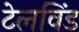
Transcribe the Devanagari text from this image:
टेलविंड